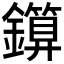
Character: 𨮰